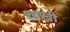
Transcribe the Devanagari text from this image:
शाखी